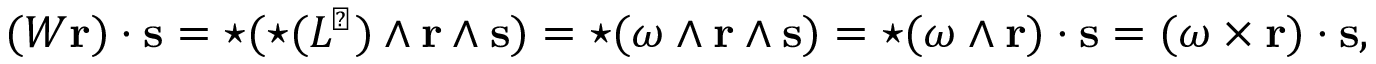
( W \mathbf { r } ) \cdot \mathbf { s } = { \star } ( { \star } ( L ^ { \sharp } ) \wedge \mathbf { r } \wedge \mathbf { s } ) = { \star } ( \omega \wedge \mathbf { r } \wedge \mathbf { s } ) = { \star } ( \omega \wedge \mathbf { r } ) \cdot \mathbf { s } = ( \omega \times \mathbf { r } ) \cdot \mathbf { s } ,